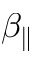
\beta _ { \parallel }